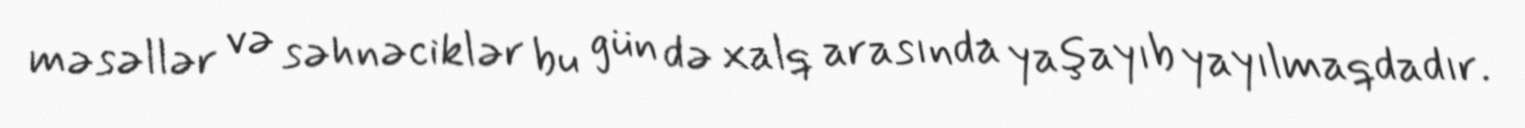
məsəllər və səhnəciklər bu gün də xalq arasında yaşayıb yayılmaqdadır.